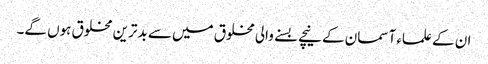
ان کے علماء آسمان کے نیچے بسنے والی مخلوق میں سے بدترین مخلوق ہوں گے۔